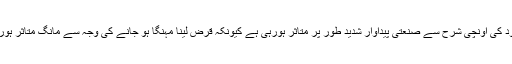
لیکن سود کی اونچی شرح سے صنعتی پیداوار شدید طور پر متاثر ہورہی ہے کیونکہ قرض لینا مہنگا ہو جانے کی وجہ سے مانگ متاثر ہورہی ہے۔